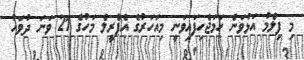
މި ފިލްމު އަޅުވަން ހަމަޖެހިފައިވަނީ މިއަހަރުގެ އެޕްރީލް މަހުގެ 21 ވަނަ ދުވަހު